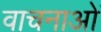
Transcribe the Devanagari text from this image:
वाचनाओं